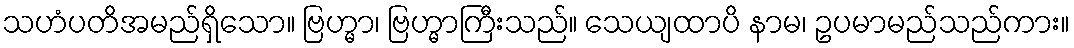
သဟံပတိအမည်ရှိသော။ ဗြဟ္မာ၊ ဗြဟ္မာကြီးသည်။ သေယျထာပိ နာမ၊ ဥပမာမည်သည်ကား။